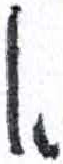
אות: א